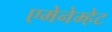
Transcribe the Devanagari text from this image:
एमेनेम्हेट